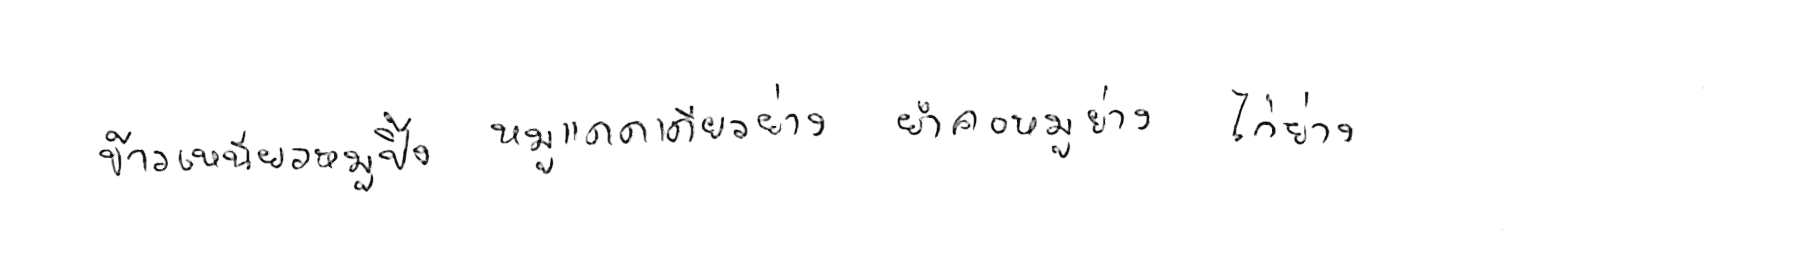
ข้าวเหนียวหมูปิ้ง หมูแดดเดียวย่าง ยำคอหมูย่าง ไก่ย่าง